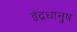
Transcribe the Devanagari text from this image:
इंद्रधानुष